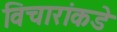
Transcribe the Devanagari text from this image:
विचारांकडे